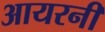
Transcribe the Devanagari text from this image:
आयरनी